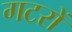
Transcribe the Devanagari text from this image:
गटरों